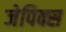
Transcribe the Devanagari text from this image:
जेपिक्स